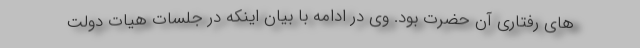
های رفتاری آن حضرت بود. وی در ادامه با بیان اینکه در جلسات هیات دولت